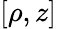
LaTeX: [\rho,z]